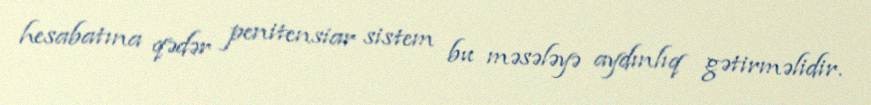
hesabatına qədər penitensiar sistem bu məsələyə aydınlıq gətirməlidir.